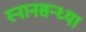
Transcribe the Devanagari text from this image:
स्नानसन्ध्या